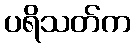
ပရိသတ်က